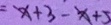
= x + 3 - x + 5